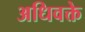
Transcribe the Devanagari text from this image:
अधिवक्ते